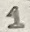
Text: 1